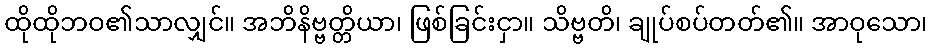
ထိုထိုဘဝ၏သာလျှင်။ အဘိနိဗ္ဗတ္တိယာ၊ ဖြစ်ခြင်းငှာ။ သိဗ္ဗတိ၊ ချုပ်စပ်တတ်၏။ အာဝုသော၊